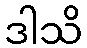
ဒါသိ